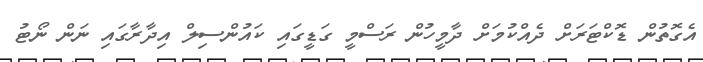
އެގޮތުން ޑޮކްޓަރަށް ދެއްކުމަށް ދާމީހުން ރަސްމީ ގަޑީގައި ކައުންސިލް އިދާރާގައި ނަން ނޯޓު